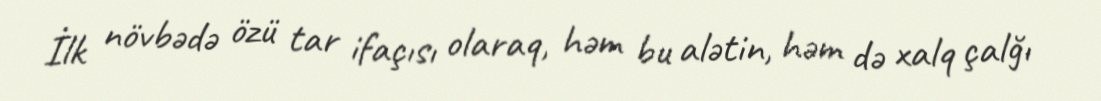
İlk növbədə özü tar ifaçısı olaraq, həm bu alətin, həm də xalq çalğı